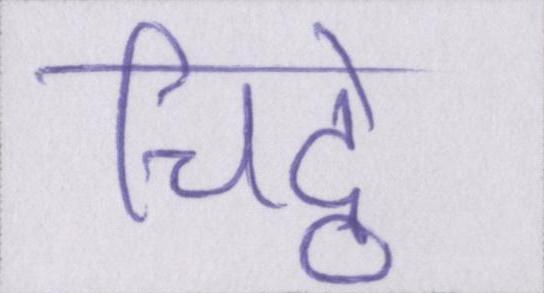
चिट्ठे